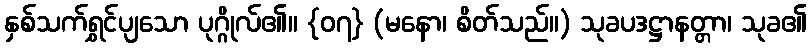
နှစ်သက်ရွှင်ပျသော ပုဂ္ဂိုလ်၏။ {၀၇} (မနော၊ စိတ်သည်။) သုခပဒဋ္ဌာနတ္တာ၊ သုခ၏